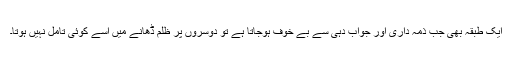
ایک طبقہ بھی جب ذمہ داری اور جواب دہی سے بے خوف ہوجاتا ہے تو دوسروں پر ظلم ڈھانے میں اسے کوئی تامل نہیں ہوتا۔